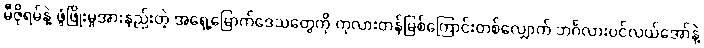
မီဇိုရမ်နဲ့ ဖွံဖြိုးမှုအားနည်းတဲ့ အရှေ့မြောက်ဒေသတွေကို ကုလားတန်မြစ်ကြောင်းတစ်လျှောက် ဘင်္ဂလားပင်လယ်အော်နဲ့